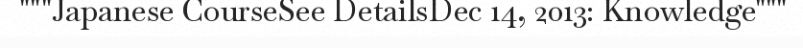
"""Japanese CourseSee DetailsDec 14, 2013: Knowledge"""